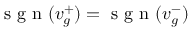
\textrm { s g n } ( v _ { g } ^ { + } ) = \textrm { s g n } ( v _ { g } ^ { - } )